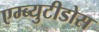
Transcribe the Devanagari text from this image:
एम्ब्युटीडोस